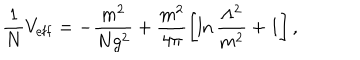
\frac { 1 } { N } V _ { \mathrm { e f f } } = - \frac { m ^ { 2 } } { N g ^ { 2 } } + \frac { m ^ { 2 } } { 4 \pi } \left[ \ln \frac { \Lambda ^ { 2 } } { m ^ { 2 } } + 1 \right] ,